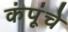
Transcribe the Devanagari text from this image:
कंपूंचे